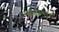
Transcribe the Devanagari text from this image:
सहनशिलतेचा